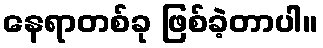
နေရာတစ်ခု ဖြစ်ခဲ့တာပါ။